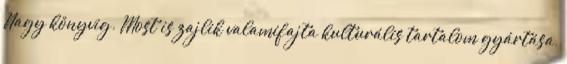
Nagy könyvig. Most is zajlik valamifajta kulturális tartalom gyártása,